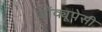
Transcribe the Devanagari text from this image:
अॉक्यूपेसी